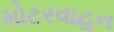
મોટરવાહન